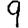
Digit: 9